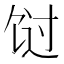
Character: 𬲸